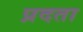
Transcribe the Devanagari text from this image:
प्रदता